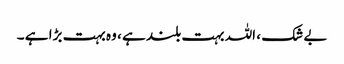
بے شک ، اللہ بہت بلند ہے ، وہ بہت بڑا ہے ۔